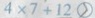
4 \times 7 + 1 2 >